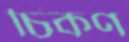
চিকণ